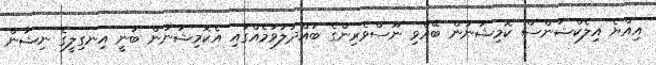
އިއްޔެ އިލެކްޝަންސް ކޮމިޝަނުން ބޭއްވި ނޫސްވެރިންގެ ބައްދަލުވުމެއްގައި އެކޮމިޝަނުން ބުނީ އިނގިލީގެ ނިޝާން